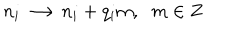
n _ { i } \longrightarrow n _ { i } + q _ { i } m , \; \; m \in { \bf Z }